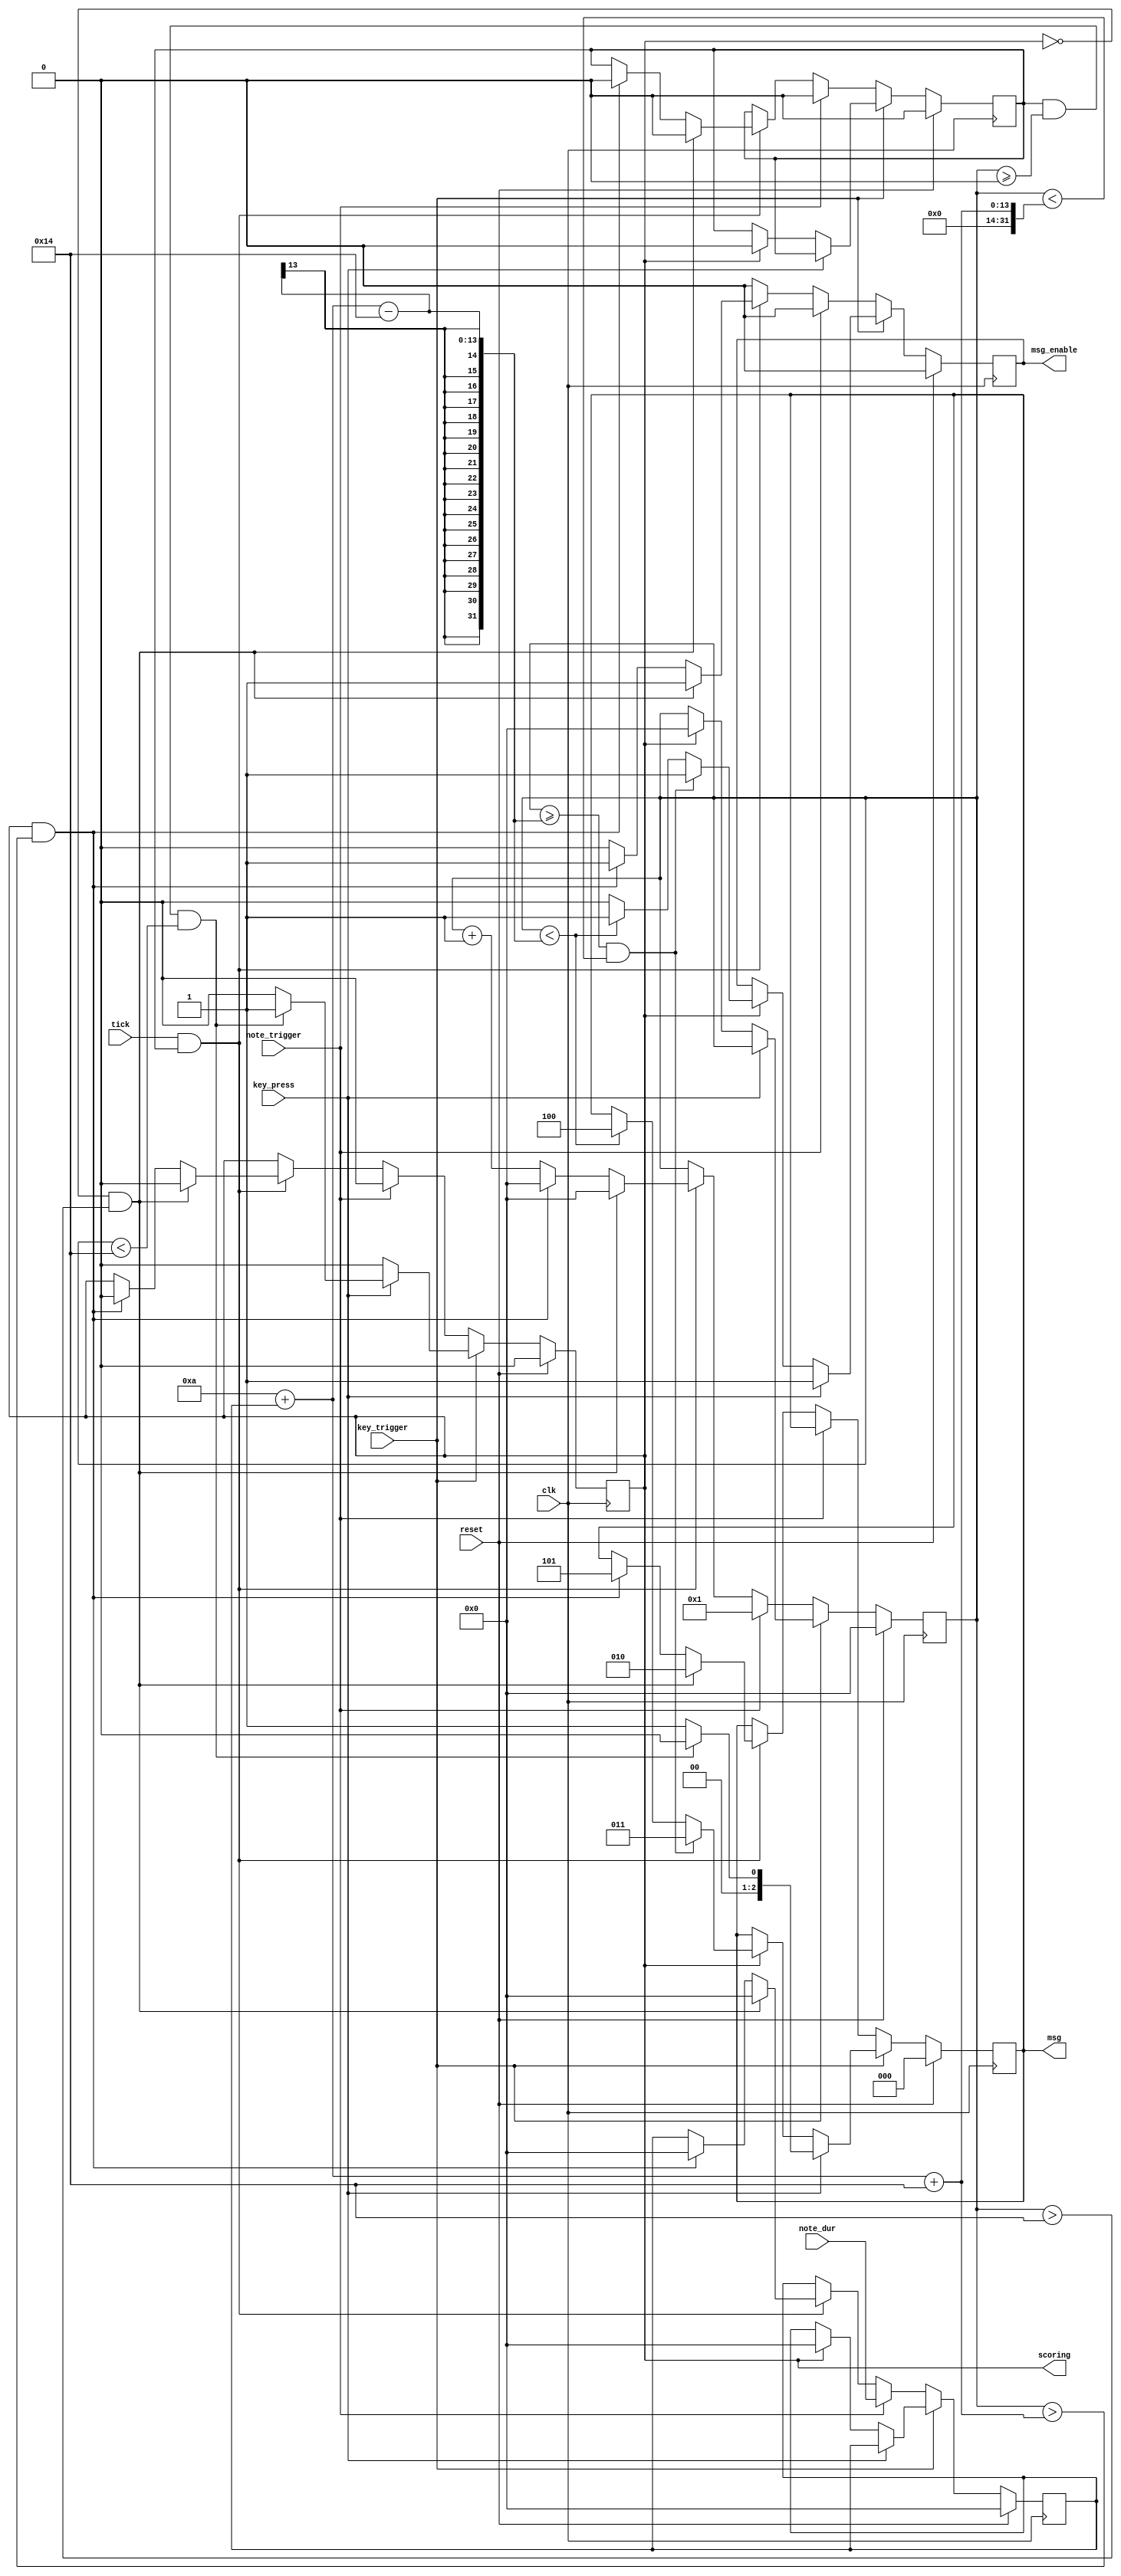
`timescale 1ns / 1ps
module action_sprite #(parameter START_TICK=10,UNPRESS_TOLERANCE=20)
    (input clk,
    input reset,
    input tick,
    input key_trigger,
    input key_press,
    input note_trigger,
    input [11:0] note_dur,
    output reg [2:0] msg,
    output reg scoring,
    output reg msg_enable
    );
	 
	localparam PRESS_TOLERANCE = START_TICK;
	
	localparam GOOD_PRESS = 3'b000;
	localparam BAD_PRESS = 3'b001;
	localparam NO_PRESS = 3'b010;
	localparam GOOD_UNPRESS = 3'b011;
	localparam EARLY_UNPRESS = 3'b100;
	localparam LATE_UNPRESS = 3'b101;

	reg [11:0] duration, tick_count;
	reg running;
	
	initial begin
		msg = 0;
		scoring = 0;
		duration = 0;
		tick_count = 0;
		msg_enable = 0;
		running = 0;
	end
	
	always @(posedge clk) begin
		if (reset) begin
			msg <= 0;
			scoring <= 0;
			duration <= 0;
			tick_count <= 0;
			msg_enable <= 0;
			running <= 0;
		end
		else begin
			if (key_trigger) begin
				if (key_press) begin //key press event
					if (running && 
							tick_count >= START_TICK - PRESS_TOLERANCE &&
							tick_count < START_TICK + PRESS_TOLERANCE) begin
						msg_enable <= 1;
						msg <= GOOD_PRESS;
						scoring <= 1;
					end
					else begin
						msg_enable <= 1;
						msg <= BAD_PRESS;
						scoring <= 0;
					end
				end
				else if (scoring) begin //key unpress only relevant if scoring
					scoring <= 0;
					running <= 0;
					duration <= 0;
					tick_count <= 0;
					if (tick_count >= START_TICK + duration - UNPRESS_TOLERANCE &&
							tick_count < START_TICK + duration + UNPRESS_TOLERANCE) begin
						msg_enable <= 1;
						msg <= GOOD_UNPRESS;
					end
					else if (tick_count < START_TICK + duration - UNPRESS_TOLERANCE) begin
						msg_enable <= 1;
						msg <= EARLY_UNPRESS;
					end
					else
						msg_enable <= 0;
				end
			end
			else if (note_trigger) begin
				msg_enable <= 0; //make sure enable is off
				running <= 0;
				scoring <= 0;
				tick_count <= 1;
				duration <= note_dur;
			end
			else if (tick && running) begin
				tick_count <= tick_count + 1;
				if (~scoring && tick_count > (START_TICK + PRESS_TOLERANCE)) begin
					msg_enable <= 1;
					msg <= NO_PRESS;
					scoring <= 0;
					running <= 0;
					duration <= 0;
					tick_count <= 0;
				end
				else if (scoring && tick_count > (START_TICK + duration + UNPRESS_TOLERANCE)) begin
					msg_enable <= 1;
					msg <= LATE_UNPRESS;
					scoring <= 0;
					running <= 0;
					duration <= 0;
					tick_count <= 0;
				end
				else 
					msg_enable <= 0;
			end
			else begin
				msg_enable <= 0; //in case it was set high in the last cycle
			end
		end
	end
endmodule